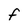
Character: F